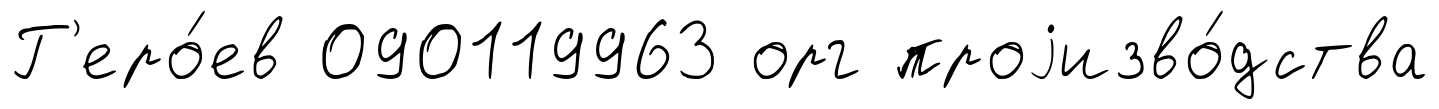
Г'еро́ев 090119963 орг проjизво́дства